Report on vaccination in the Province of Bengal - 1874-1889
Year: 1874
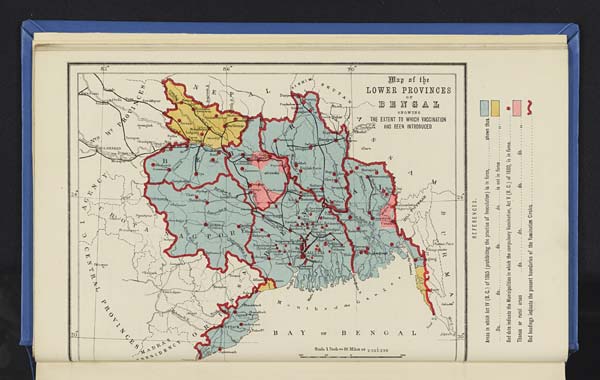
FRANCINE INSERT
FULL COLOUR IMAGE
FROM SUPPLIED FILE